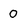
Character: 0